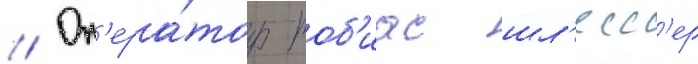
// Оп'ера́тор тоб'иас шл'есс'ер